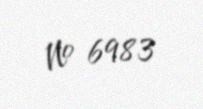
№ 6983